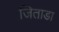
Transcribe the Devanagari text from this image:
जिताडा